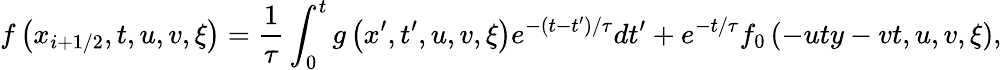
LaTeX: f\left({{x}_{i+1/2}},t,u,v,\xi\right)=\frac{1}{\tau}\int_{0}^{t}{g\left({x}^{\prime},{t}^{\prime},u,v,\xi\right)}{{e}^{-\left(t-{t}^{\prime}\right)/\tau}}d{t}^{\prime}+{{e}^{-t/\tau}}{{f}_{0}}\left(-uty-vt,u,v,\xi\right),